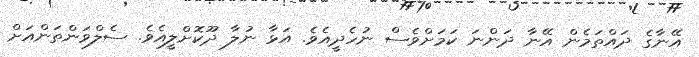
އޭނާގެ ދައްތަމެން އޭނާ ދަންނަ ކަމަށްވެސް ނުހެދީއެވެ. އަޅާ ނުލާ ދޫކޮށްލީއެވެ. ސެލްވަންތަންއަށް